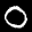
Label: 0